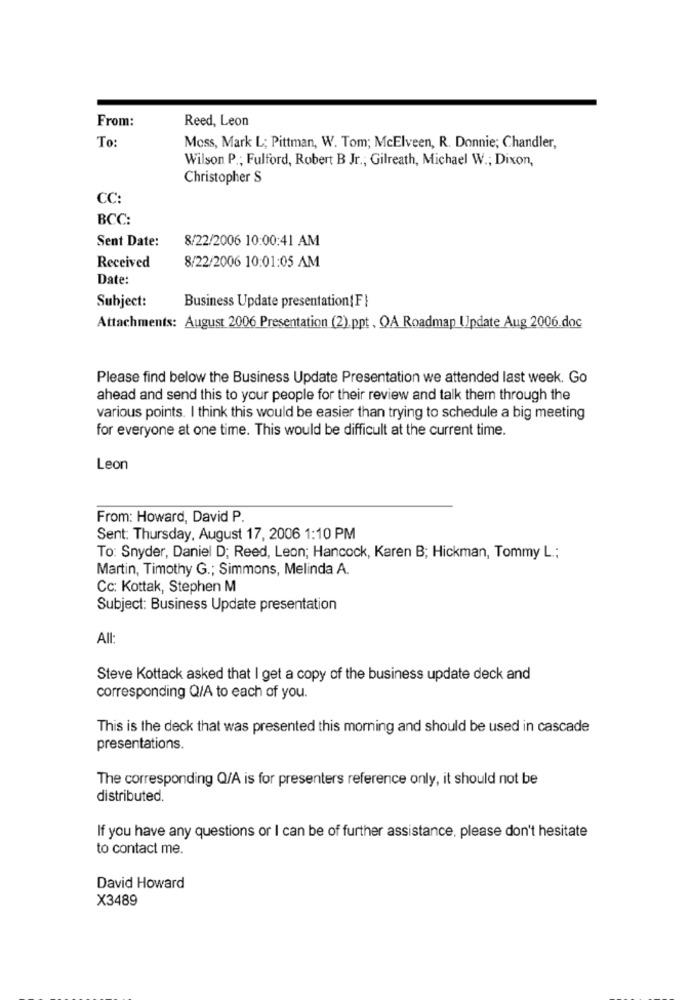
From:
Reed, Leon
To
Moss, Mark L; Pittman, W. Tom; McElveen, R. Donnie; Chandler,
Wilson P .; Fulford, Robert B Jr ., Gilreath, Michael W .; Dixon,
Christopher S
CC:
BCC:
Sent Date:
8/22/2006 10:00:41 AM
8/22/2006 10:01:05 AM
Received
Date:
Subject:
Business Update presentation{F}
Attachments: August 2006 Presentation (2).ppt , OA Roadmap Update Aug 2006.doc
Please find below the Business Update Presentation we attended last week. Go
ahead and send this to your people for their review and talk them through the
various points. I think this would be easier than trying to schedule a big meeting
for everyone at one time. This would be difficult at the current time.
Leon
From: Howard, David P.
Sent: Thursday, August 17, 2006 1:10 PM
To: Snyder, Daniel D; Reed, Leon; Hancock, Karen B; Hickman, Tommy L .;
Martin, Timothy G .; Simmons, Melinda A.
Cc: Kottak, Stephen M
Subject: Business Update presentation
All:
Steve Kottack asked that I get a copy of the business update deck and
corresponding Q/A to each of you.
This is the deck that was presented this morning and should be used in cascade
presentations.
The corresponding Q/A is for presenters reference only, it should not be
distributed.
If you have any questions or I can be of further assistance, please don't hesitate
to contact me.
David Howard
X3489